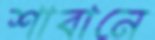
শাবানে